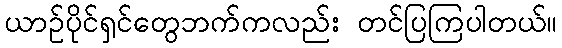
ယာဥ်ပိုင်ရှင်တွေဘက်ကလည်း တင်ပြကြပါတယ်။